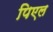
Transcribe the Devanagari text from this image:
पिएल